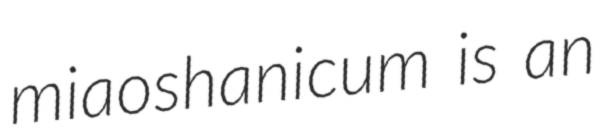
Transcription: miaoshanicum is an